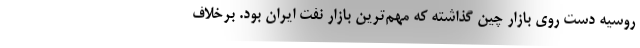
روسیه دست روی بازار چین گذاشته كه مهم‌ترین بازار نفت ایران بود. برخلاف